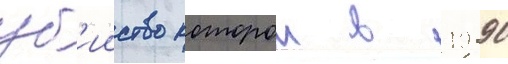
уб'ииство которои в 1990